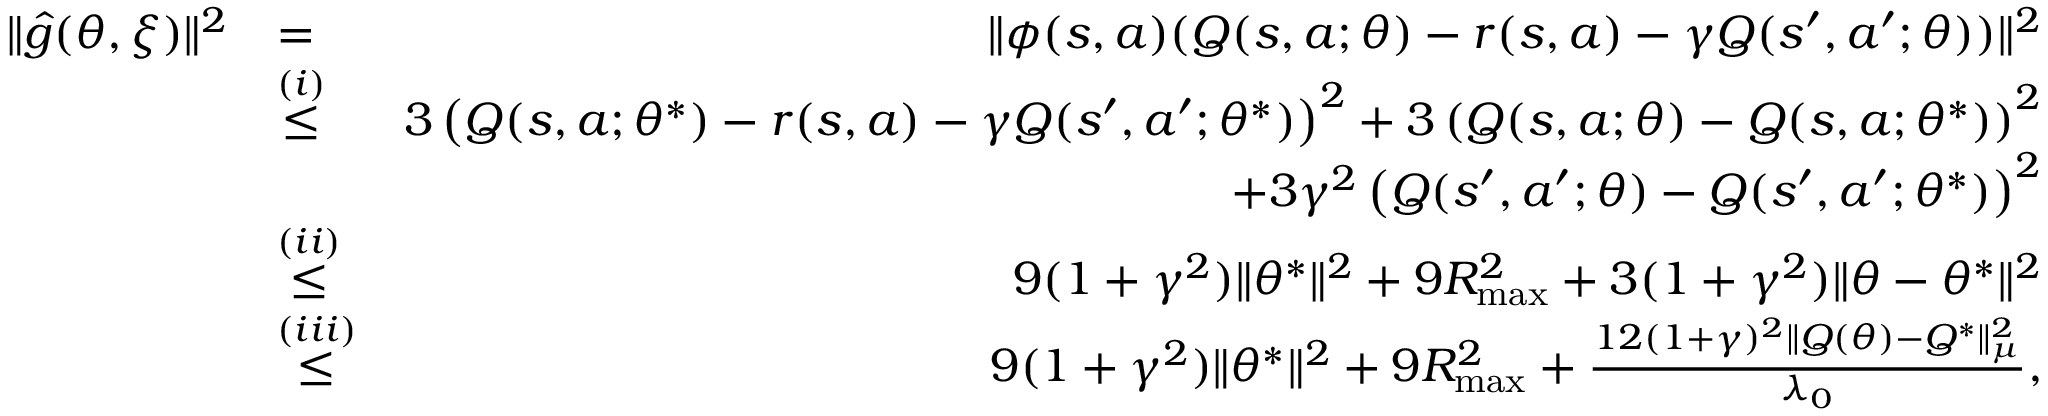
\begin{array} { r l r } { \| \hat { g } ( \theta , \xi ) \| ^ { 2 } } & { = } & { \| \phi ( s , a ) ( Q ( s , a ; \theta ) - r ( s , a ) - \gamma Q ( s ^ { \prime } , a ^ { \prime } ; \theta ) ) \| ^ { 2 } } \\ & { \overset { ( i ) } { \leq } } & { 3 \left( Q ( s , a ; \theta ^ { * } ) - r ( s , a ) - \gamma Q ( s ^ { \prime } , a ^ { \prime } ; \theta ^ { * } ) \right) ^ { 2 } + 3 \left( Q ( s , a ; \theta ) - Q ( s , a ; \theta ^ { * } ) \right) ^ { 2 } } \\ & { } & { + 3 \gamma ^ { 2 } \left( Q ( s ^ { \prime } , a ^ { \prime } ; \theta ) - Q ( s ^ { \prime } , a ^ { \prime } ; \theta ^ { * } ) \right) ^ { 2 } } \\ & { \overset { ( i i ) } { \leq } } & { 9 ( 1 + \gamma ^ { 2 } ) \| \theta ^ { * } \| ^ { 2 } + 9 R _ { \operatorname* { m a x } } ^ { 2 } + 3 ( 1 + \gamma ^ { 2 } ) \| \theta - \theta ^ { * } \| ^ { 2 } } \\ & { \overset { ( i i i ) } { \leq } } & { 9 ( 1 + \gamma ^ { 2 } ) \| \theta ^ { * } \| ^ { 2 } + 9 R _ { \operatorname* { m a x } } ^ { 2 } + \frac { 1 2 ( 1 + \gamma ) ^ { 2 } \| Q ( \theta ) - Q ^ { * } \| _ { \mu } ^ { 2 } } { \lambda _ { 0 } } , } \end{array}